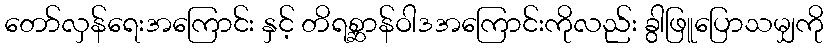
တော်လှန်ရေးအကြောင်း နှင့် တိရစ္ဆာန်ဝါဒအကြောင်းကိုလည်း ခွါဖြူပြောသမျှကို